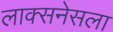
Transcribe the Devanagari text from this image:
लाक्सनेसला